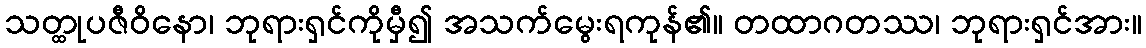
သတ္ထုပဇီဝိနော၊ ဘုရားရှင်ကိုမှီ၍ အသက်မွေးရကုန်၏။ တထာဂတဿ၊ ဘုရားရှင်အား။